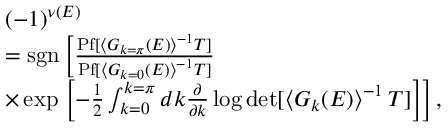
\begin{array} { r l } & { ( - 1 ) ^ { \nu ( E ) } } \\ & { = \mathrm { s g n } \left[ \frac { \mathrm { P f } [ \left< G _ { k = \pi } ( E ) \right> ^ { - 1 } T ] } { \mathrm { P f } [ \left< G _ { k = 0 } ( E ) \right> ^ { - 1 } T ] } \right. } \\ & { \times \exp \left. \left[ - \frac { 1 } { 2 } \int _ { k = 0 } ^ { k = \pi } d k \frac { \partial } { \partial k } \log \operatorname* { d e t } [ \left< G _ { k } ( E ) \right> ^ { - 1 } T ] \right] \right] , } \end{array}